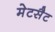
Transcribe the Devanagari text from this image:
मेटसैट